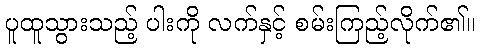
ပူထူသွားသည့် ပါးကို လက်နှင့် စမ်းကြည့်လိုက်၏။